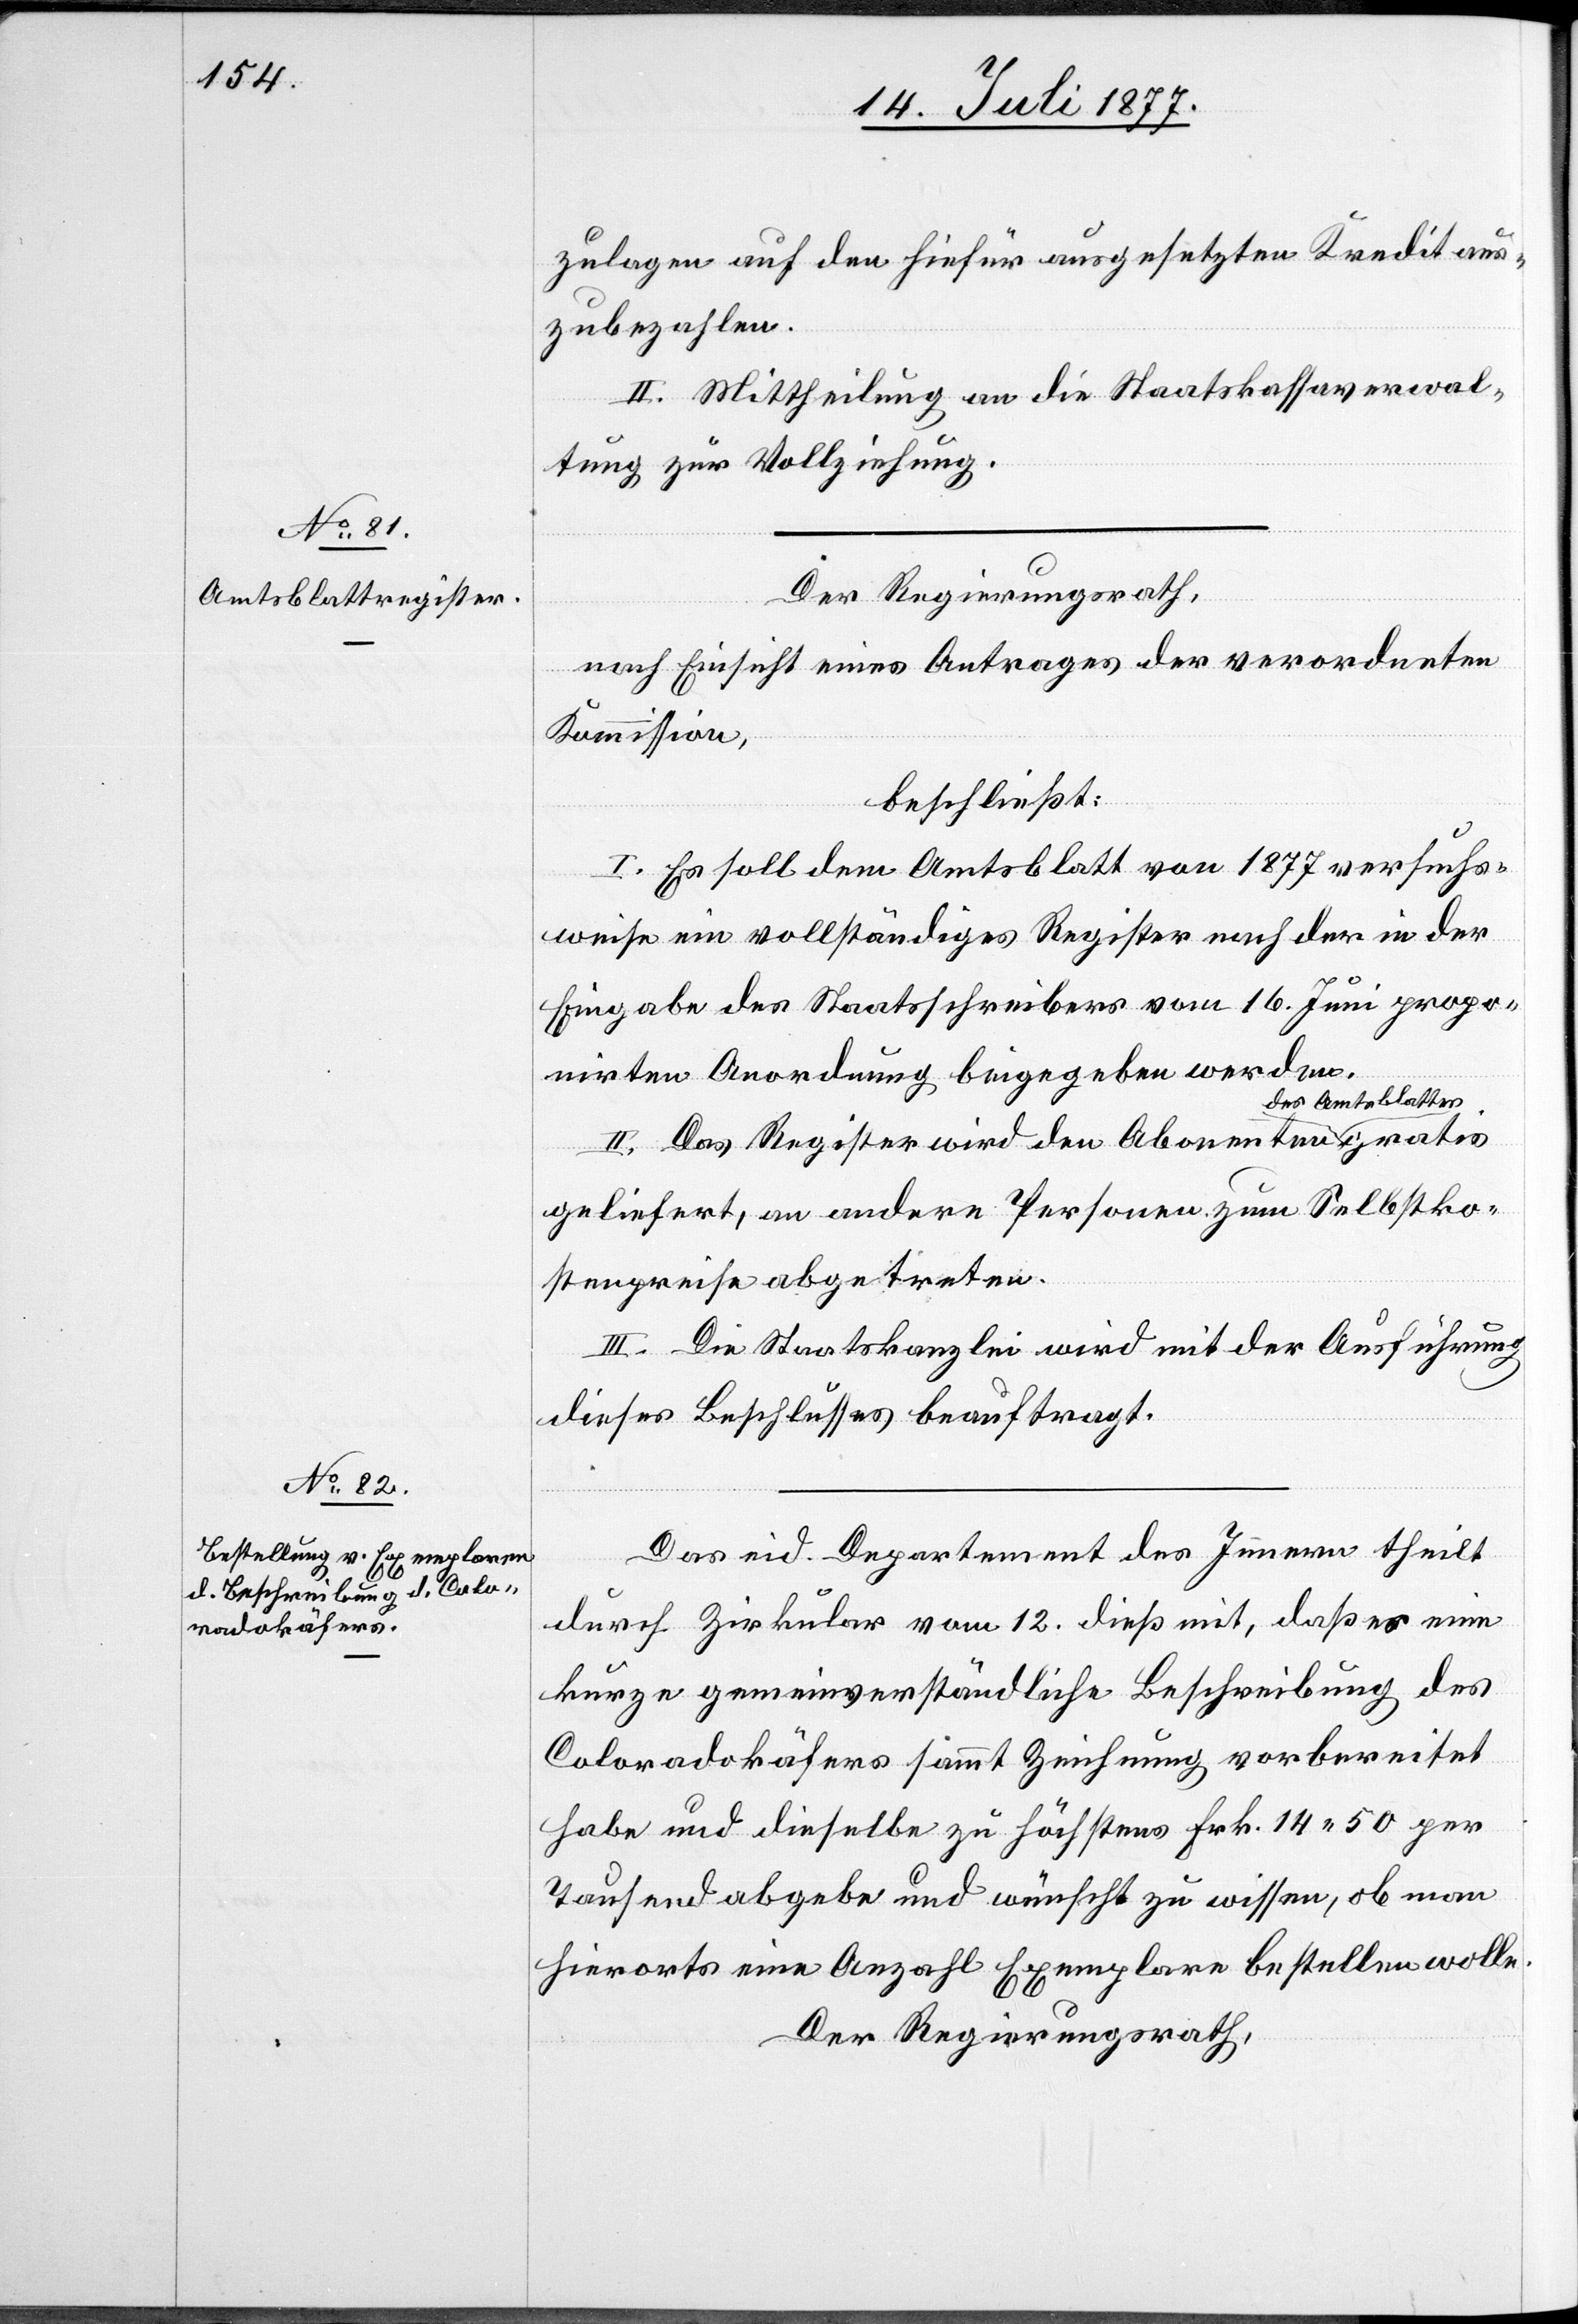
zulagen auf den hiefür ausgesetzten Kredit aus¬
zubezahlen.
II. Mittheilung an die Staatskassaverwal¬
tung zur Vollziehung.
Der Regierungsrath,
nach Einsicht eines Antrages der verordneten
Kommission,
beschließt:
I. Es soll dem Amtsblatt von 1877 versuchs¬
weise ein vollständiges Register nach der in der
Eingabe des Staatsschreibers vom 16. Juni propo¬
nirten Anordnung beigegeben werden.
des Amtsblattes
II. Das Register wird den Abonennten
geliefert, an andere Personen zum Selbstko¬
stenpreise abgetreten.
III. Die Staatskanzlei wird mit der Ausführung
dieses Beschlusses beauftragt.
Das eid. Departement des Innern theilt
durch Zirkular vom 12. dieß mit, daß es eine
kurze gemeinverständliche Beschreibung des
Coloradokäfers sammt Zeichnung vorbereitet
habe und dieselbe zu höchstens Frk. 14.50 per
Tausend abgebe und wünscht zu wissen, ob man
hierorts eine Anzahl Exemplare bestellen wolle.
Der Regierungsrath,